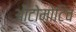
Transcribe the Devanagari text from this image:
औटोमोटिव